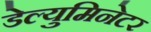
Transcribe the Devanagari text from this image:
डेल्युमिनेटर